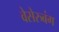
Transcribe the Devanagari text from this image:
वेसेरुबंग